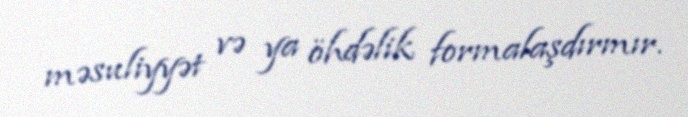
məsuliyyət və ya öhdəlik formalaşdırmır.